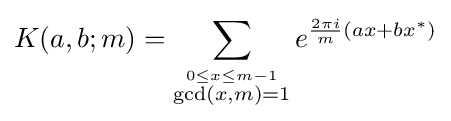
K(a,b;m)=\sum _{\stackrel {0\leq x\leq m-1}{\gcd(x,m)=1}}e^{{\frac {2\pi i}{m}}(ax+bx^{*})}